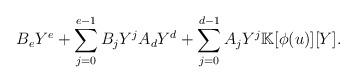
LaTeX: \begin{align*}B_eY^e+\sum _{j=0}^{e-1} B_jY^j A_dY^d+\sum _{j=0}^{d-1} A_jY^j \mathbb{K}[\phi ( u)][Y].\end{align*}